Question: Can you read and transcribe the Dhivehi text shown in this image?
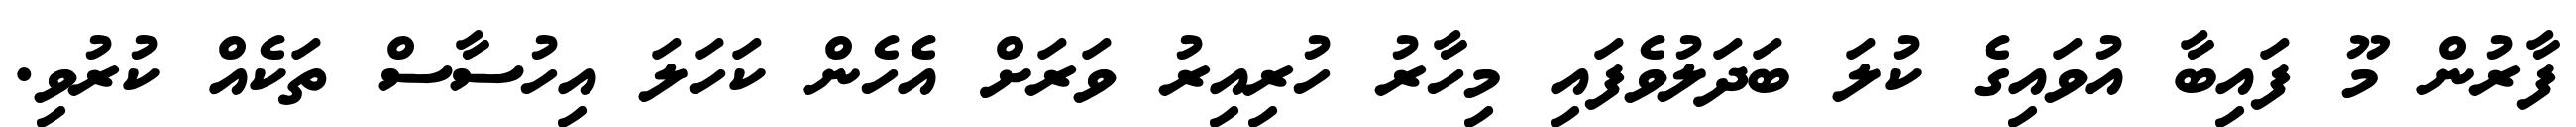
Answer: ފާރުން މޫ ފައިބާ އުވައިގެ ކުލަ ބަދަލުވެފައި މިހާރު ހުރިއިރު ވަރަށް އެހެން ކަހަލަ އިހުސާސް ތަކެއް ކުރުވި.